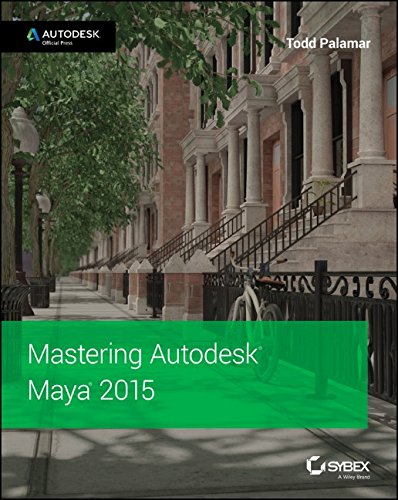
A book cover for Mastering Autodesk Maya 2015: Autodesk Official Press; Todd Palamar; Computers & Technology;